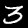
Label: 3